Development of the parasite of Indian kala azar - Number 53
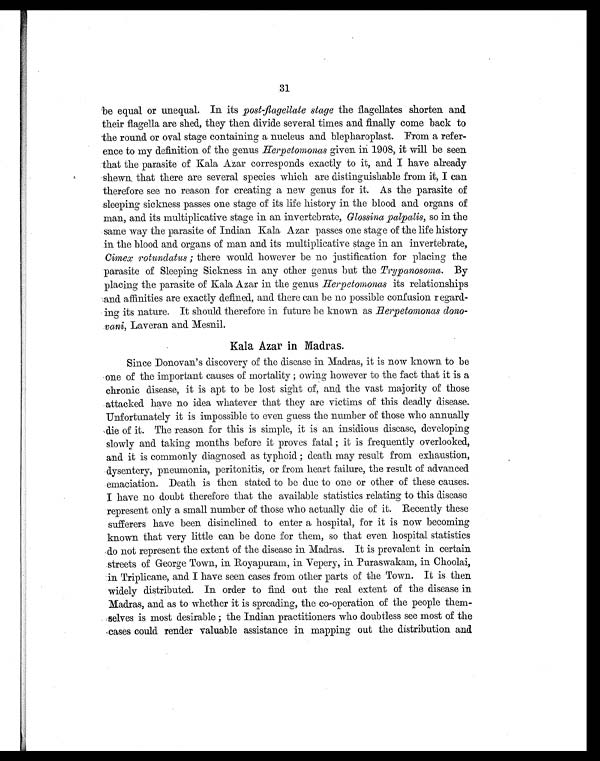
31
be equal or unequal. In its post-flagellate stage the flagellates shorten and
their flagella are shed, they then divide several times and finally come back to
-the round or oval stage containing a nucleus and blepharoplast. From a refer-
ence to my definition of the genus Herpetomonas given in 1908, it will be seen
that the parasite of Kala Azar corresponds exactly to it, and I have already
shewn. that there are several species which are distinguishable from it, I can
therefore see no reason for creating a new genus for it. As the parasite of
sleeping sickness passes one stage of its life history in the blood and organs of
man, and its multiplicative stage in an invertebrate, Glossina palpalis, so in the
same way the parasite of Indian Kala Azar passes one stage of the life history
in the blood and organs of man and its multiplicative stage in an invertebrate,
Cimex rotundatus ; there would however be no justification for placing the
parasite of Sleeping Sickness in any other genus but the Trypanosoma . By
placing the parasite of Kala Azar in the genus Herpetomonas its relationships
and affinities are exactly defined, and there can be no possible con fusion regard-
ing its nature. It should therefore in future be known as Herpetomonas dono-
vani , Laveran and Mesnil.
Kala Azar in Madras.
Since Donovan's discovery of the disease in Madras, it is now known to be
one of the important causes of mortality ; owing however to the fact that it is a
chronic disease, it is apt to be lost sight of, and the vast majority of those
attacked have no idea whatever that they are victims of this deadly disease.
Unfortunately it is impossible to even guess the number of those who annually
die of it. The reason for this is simple, it is an insidious disease, developing
slowly and taking months before it proves fatal ; it is frequently overlooked,
and it is commonly diagnosed as typhoid ; death may result from exhaustion,
dysentery, pneumonia, peritonitis, or from heart failure, the result of advanced
emaciation. Death is then stated to be due to one or other of these causes.
I have no doubt therefore that the available statistics relating to this disease
represent only a small number of those who actually die of it. Recently these
sufferers have been disinclined to enter a hospital, for it is now becoming
known that very little can be done for them, so that even hospital statistics
do not represent the extent of the disease in Madras. It is prevalent in certain
streets of George Town, in Royapuram, in Vepery, Puraswakam, in Choolai,
in Triplicane, and I have seen cases from other parts of the Town. It is then
widely distributed. In order to find out the real extent of the disease in
Madras, and as to whether it is spreading, the co-operation of the people them-
selves is most desirable ; the Indian practitioners who doubtless see most of the
cases could render valuable assistance in mapping out the distribution and